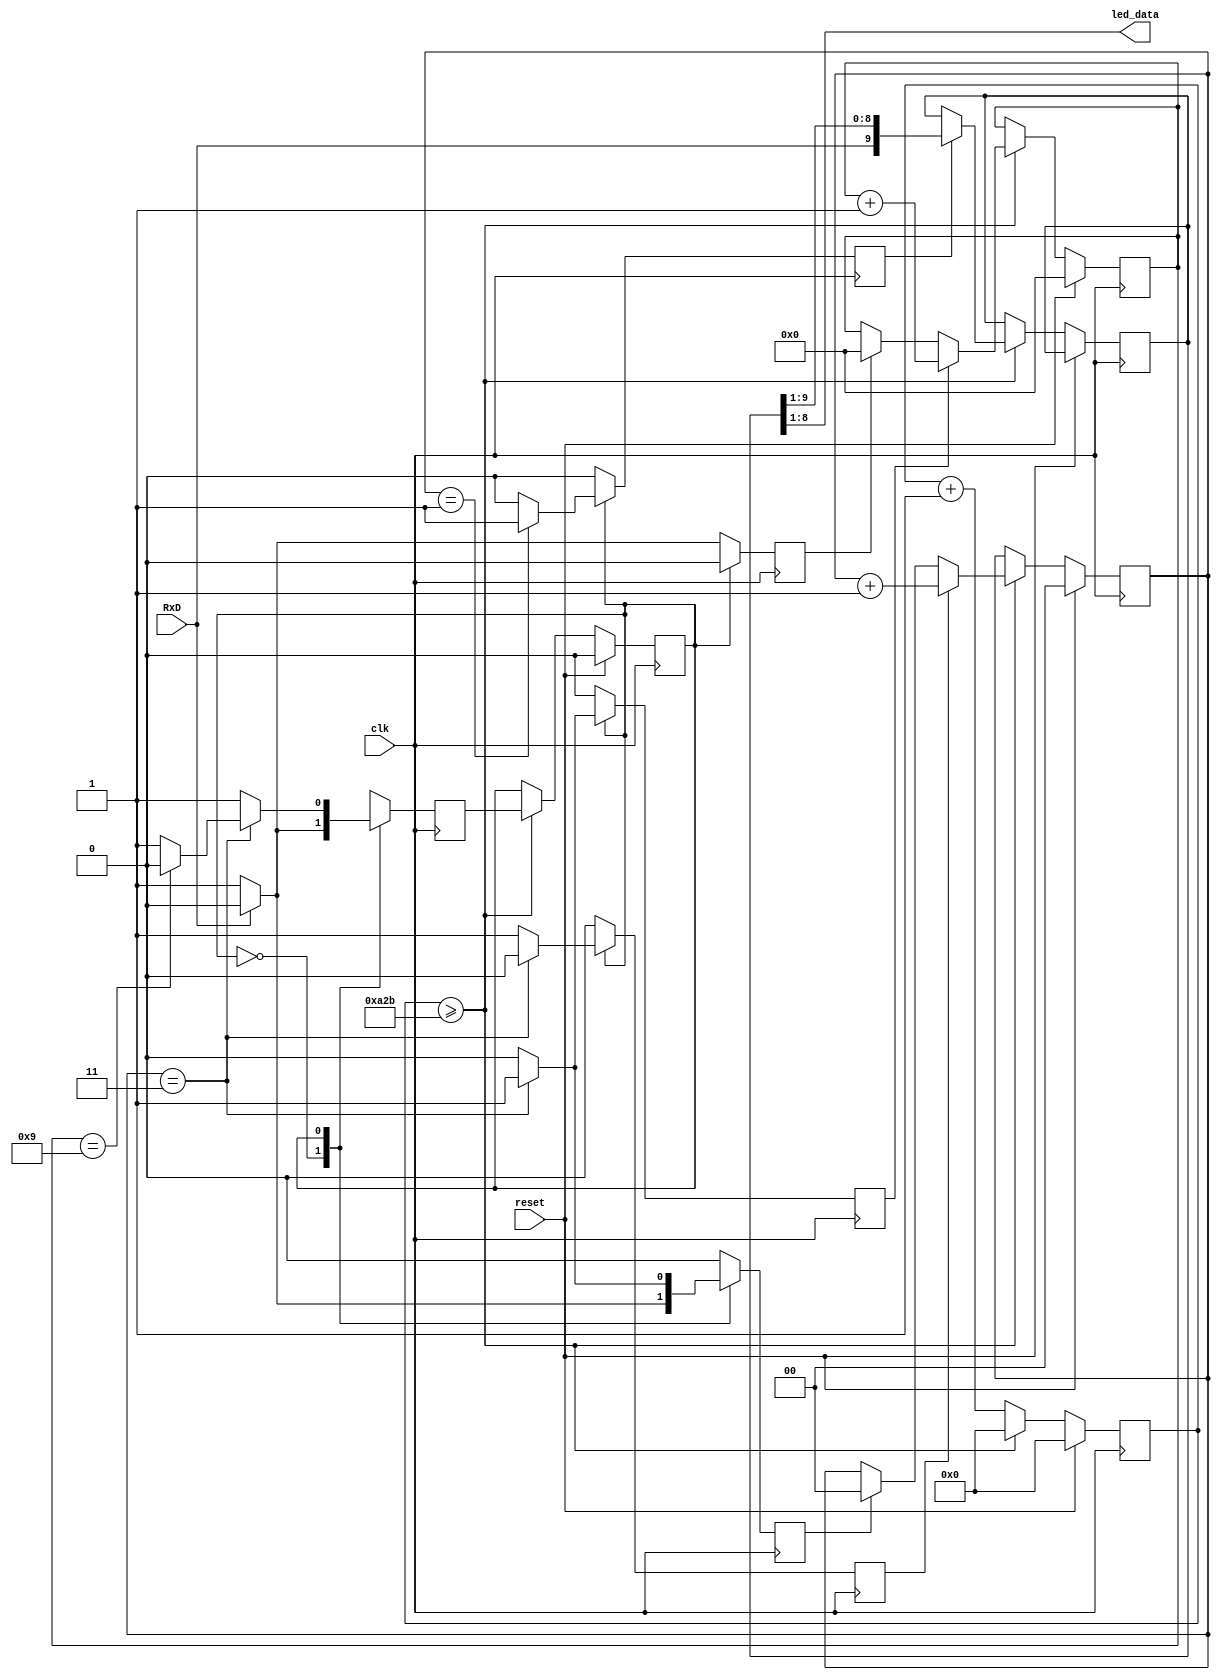
`timescale 1ns / 1ps

module receiver
    #(parameter baud_rate = 9600, //9600 bits per second
      parameter clk_frequency = 100000000,
      parameter rec_sample = 4,
      parameter rec_bit = 10,
      parameter rec_half_sample = 2,
      parameter rec_counter = clk_frequency/(rec_sample*baud_rate))(
    input clk,
    input reset,
    input RxD, // input data
    output [7:0] led_data // led output for 8 bit data
    );
    
    reg state, next_state, shift, clear_bit, clear_sample, inc_bit, inc_oversample;
    reg [13:0] counter; // counter for baud rate
    reg [1:0] oversample; // counter for oversample 
    reg [3:0] bitcounter; // count to 9 
    reg [9:0] reg_shift; // bit shifting, with 1 bit at start and 1 bit at end unused 
    
    assign led_data = reg_shift[8:1]; // assign output data 
    
    // Receiver 
    always @(posedge clk) begin 
        if(reset) begin // if reset, set all values to 0 
            counter <= 0;
            oversample <= 0;
            bitcounter <= 0;
            state <= 0;
        end 
        else begin 
            counter <= counter + 1;
            if(counter >= rec_counter - 1) begin // if it reaches the baud rate 
                counter <= 0;
                state <= next_state;
                if(shift)
                    reg_shift <= {RxD, reg_shift[9:1]};
                if(clear_sample)
                    oversample <= 0;
                if(clear_bit)
                    bitcounter <= 0;
                if(inc_oversample)
                    oversample <= oversample + 1;
                if(inc_bit)
                    bitcounter <= bitcounter + 1;
            end 
        end 
    end 
    
    // state machine 
    always @(posedge clk) begin
        shift <= 0; // set shift to 0 to avoid any shifting 
        clear_sample <= 0; // set clear sample counter to 0 to avoid reset
        inc_oversample <= 0; // set increment sample counter to 0 to avoid any increment
        clear_bit <= 0; // set clear bit counter to 0 to avoid clearing
        inc_bit <= 0; // set increment bit counter to avoid any count
        next_state <= 0; // set next state to be idle state
        case (state)
            0: begin // idle state
                if(RxD) begin 
                    next_state <=0; // back to idle state to start transmission    
                end
                else begin 
                    next_state <= 1; // set to receiving state 
                    clear_bit <= 1; // set to clear bit 
                    clear_sample <= 1; // set to clear sample 
                end
            end
            
            1: begin // receiving state
                next_state <= 1;  
                if (oversample == rec_half_sample - 1) 
                    shift <= 1; // set shift to high 
                    if (oversample == rec_sample - 1) begin 
                        if (bitcounter == rec_bit - 1) begin // when receiving is completed 
                            next_state <= 0; // back to idle state 
                        end 
                        inc_bit <= 1; // set to increment bit counter 
                        clear_sample <= 1; // set to clear sample counter 
                    end 
                else inc_oversample <= 1; 
            end
            
            default: next_state <= 0; // default set to idle state
        endcase
    end
    
endmodule